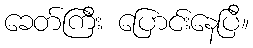
ခေတ်ကြီး ပြောင်းနေပြီ။